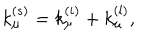
k _ { \mu } ^ { ( s ) } = k _ { \mu } ^ { ( i ) } + k _ { \mu } ^ { ( l ) } ,